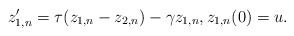
\begin{align*}z_{1,n}'=\tau(z_{1,n}-z_{2,n})-\gamma z_{1,n},z_{1,n}(0)=u.\end{align*}